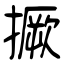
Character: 撅